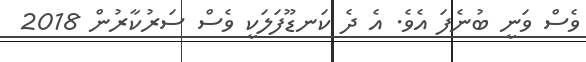
ވެސް ވަނީ ބުނެފަ އެވެ. އެ ދެ ކަނޑޫފަލަކީ ވެސް ސަރުކާރުން 2018